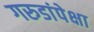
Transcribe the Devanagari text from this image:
गरुडांपेक्षा